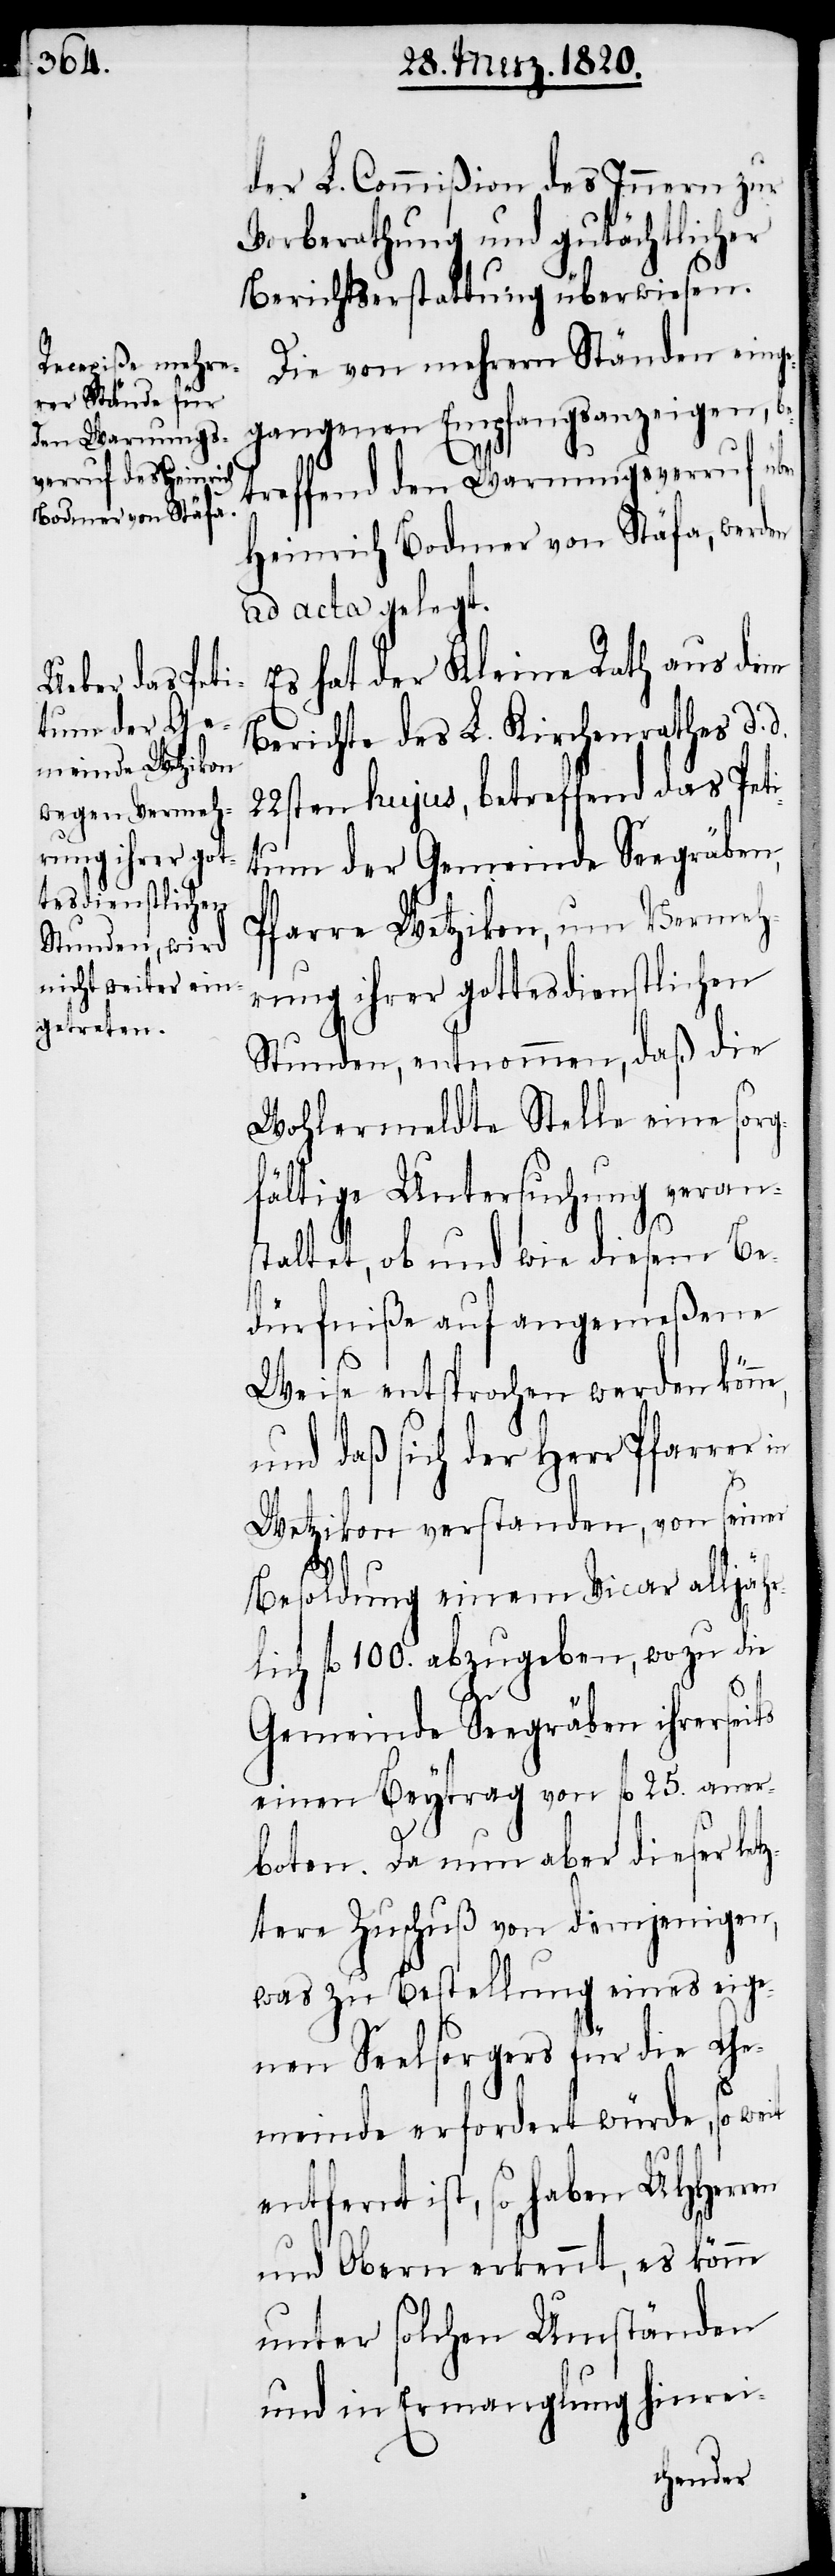
der L. Commißion des Innern zur
Vorberathung und gutächtlicher
Berichtserstattung überwiesen.
Die von mehrern Ständen einge¬
gangenen Empfangsanzeigen, b¬
etreffend den Warnungsverruf über
Heinrich Bodmer von Stäfa, werden
ad acta gelegt.
Es hat der Kleine Rath aus dem
Berichte des L. Kirchenrathes d.
22sten hujus, betreffend das Peti¬
tum der Gemeinde Seegräben,
Pfarre Wetzikon, um Vermeh¬
rung ihrer gottesdienstlichen
Stunden, entnommen, daß die
Wohlermeldte Stelle eine sorg¬
fältige Untersuchung veran¬
staltet, ob und wie diesem Be¬
dürfniße auf angemeßene
Weise entsprochen werden könne,
und daß sich der Herr Pfarrer
Wetzikon verstanden, von seiner
Besoldung einem Vicar alljähr¬
lich fl 100. abzugeben, wozu die
Gemeinde Seegräben ihrerseits
einen Beytrag von fl 25. aner¬
boten. Da nun aber dieser let¬
ztere Zuschuß von demjenigen,
was zu Bestellung eines eige¬
nen Seelsorgers für die Ge¬
meinde erfordert würde, so weit
entfernt ist, so haben UHHerren
und Obern erkennt, es könne
unter solchen Umständen
und in Ermanglung hinrei-